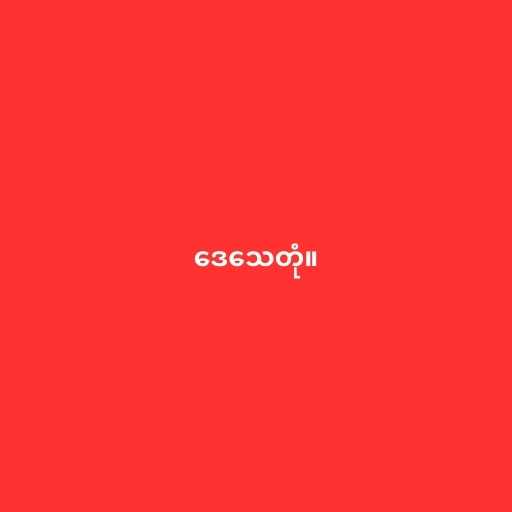
ဒေသေတုံ။